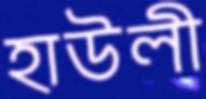
হাউলী